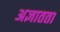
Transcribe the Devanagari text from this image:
अज्ञातता